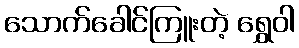
သောက်ခေါင်ကြူးတဲ့ ရွှေဝါ